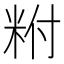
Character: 𥹃